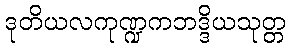
ဒုတိယလကုဏ္ဍကဘဒ္ဒိယသုတ္တ